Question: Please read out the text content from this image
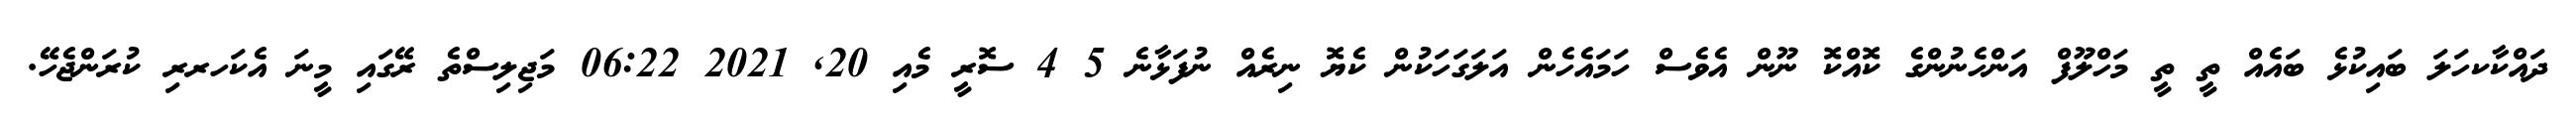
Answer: ދައްކާކހަލަ ބައިކުޅެ ބައެއް ތީ ތީ މަހްލޫފް އަންހެނުންގެ ކޮއްކޮ ނޫން އެވެސް ހަމައެހެން އަލަގަހަކުން ކެޔޮ ނިރެއް ނުފަޅާނެ 5 4 ސޮރީ މެއި 20, 2021 06:22 މަޖިލިސްތެ ރޭގައި މީނަ އެކަހރރި ކުރަންޖެހޭ.